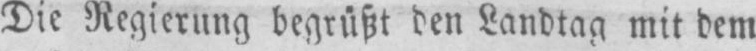
Die Regierung begrüßt den Landtag, mit dem